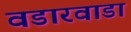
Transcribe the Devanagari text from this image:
वडारवाडा